Indian journal of veterinary science and animal husbandry - Volumes 24-25, 1954-1955
Year: 1954
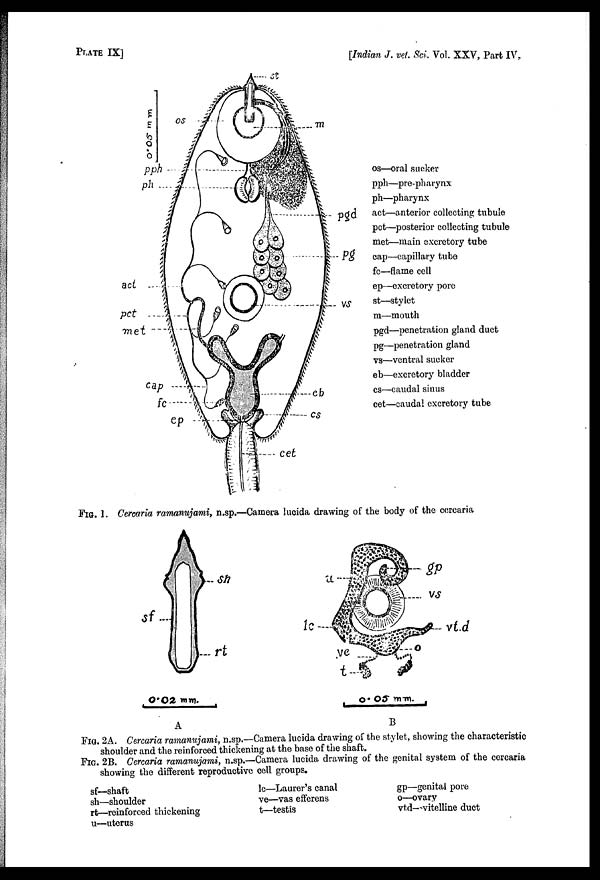
PLATE IX]
[ Indian J. vet. Sci. Vol. XXV, Part IV,
FIG. 1. Cercaria ramanujami, n.sp.—Camera lucida drawing of the body of the cercaria
FIG. 2A. Cercaria ramanujami, n.sp.—Camera lucida drawing of the stylet, showing the characteristic
shoulder and the reinforced thickening at the base of the shaft.
FIG. 2B. Cercaria ramanujami, n.sp.—Camera lucida drawing of the genital system of the cercaria
showing the different reproductive cell groups.
sf—shaft
sh—shoulder
rt—reinforced thickening
u—uterus
lc—Laurer's canal
ve—vas efferens
t—testis
gp—genital pore
o—ovary
vtd—vitelline duct